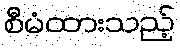
စီမံထားသည့်